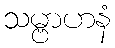
သမ္ဗာဟနံ